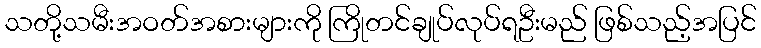
သတို့သမီးအဝတ်အစားများကို ကြိုတင်ချုပ်လုပ်ရဦးမည် ဖြစ်သည့်အပြင်